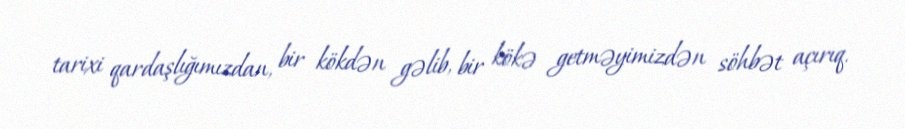
tarixi qardaşlığımızdan, bir kökdən gəlib, bir kökə getməyimizdən söhbət açırıq.